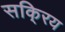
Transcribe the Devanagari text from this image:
सकि्रय